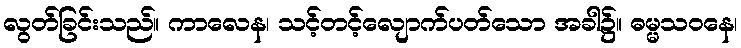
လွတ်ခြင်းသည်။ ကာလေန၊ သင့်တင့်လျောက်ပတ်သော အခါ၌။ ဓမ္မသဝနေ၊